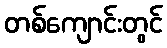
တစ်ကျောင်းတွင်